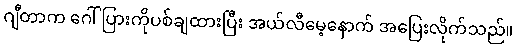
ဂျီတာက ဂေါ်ပြားကိုပစ်ချထားပြီး အယ်လီမေ့နောက် အပြေးလိုက်သည်။